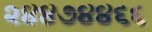
૨૪૪૭૪૪૬૬